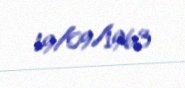
19/09/1963